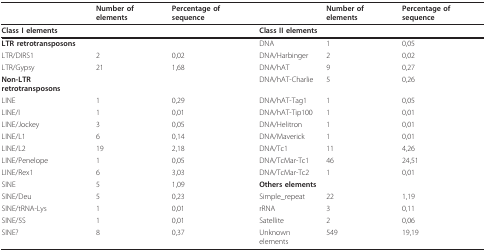
|  | Number of elements | Percentage of sequence |  | Number of elements | Percentage of sequence |
 | --- | --- | --- | --- | --- | --- |
 | <COLSPAN=3> Class I elements | <COLSPAN=3> Class II elements |
 | LTR retrotransposons |  |  | DNA | 1 | 0,05 |
 | LTR/DIRS1 | 2 | 0,02 | DNA/Harbinger | 2 | 0,02 |
 | LTR/Gypsy | 21 | 1,68 | DNA/hAT | 9 | 0,27 |
 | Non-LTR retrotransposons |  |  | DNA/hAT-Charlie | 5 | 0,26 |
 | LINE | 1 | 0,29 | DNA/hAT-Tag1 | 1 | 0,05 |
 | LINE/I | 1 | 0,01 | DNA/hAT-Tip100 | 1 | 0,01 |
 | LINE/Jockey | 3 | 0,05 | DNA/Helitron | 1 | 0,01 |
 | LINE/L1 | 6 | 0,14 | DNA/Maverick | 1 | 0,01 |
 | LINE/L2 | 19 | 2,18 | DNA/Tc1 | 11 | 4,26 |
 | LINE/Penelope | 1 | 0,05 | DNA/TcMar-Tc1 | 46 | 24,51 |
 | LINE/Rex1 | 6 | 3,03 | DNA/TcMar-Tc2 | 1 | 0,01 |
 | SINE | 5 | 1,09 | Others elements |  |  |
 | SINE/Deu | 5 | 0,23 | Simple_repeat | 22 | 1,19 |
 | SINE/tRNA-Lys | 1 | 0,01 | rRNA | 3 | 0,11 |
 | SINE/5S | 1 | 0,01 | Satellite | 2 | 0,06 |
 | SINE? | 8 | 0,37 | Unknown elements | 549 | 19,19 |